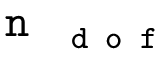
\ensuremath { \texttt { n } _ { \texttt { d o f } } }